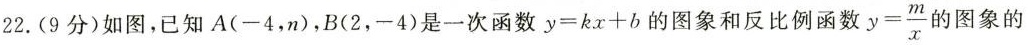
22.(9分)如图，已知A(-4，n)，B(2，-4)是一次函数$$y=kx+b$$的图象和反比例函$$y= \frac{m}{x}}$$的图象的